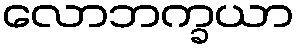
လောဘက္ခယာ